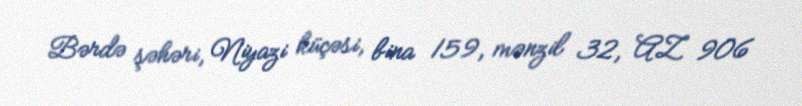
Bərdə şəhəri, Niyazi küçəsi, bina 159, mənzil 32, AZ 906